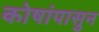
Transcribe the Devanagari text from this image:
कोषांपासुन